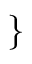
\left. \begin{array} { r l } \end{array} \, \right\}